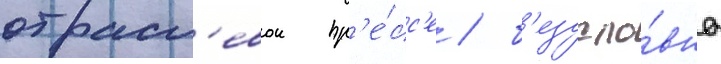
отрасл'евои пр'е́сс'е / б'езусло́вно